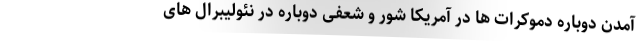
آمدن دوباره دموکرات ها در آمریکا شور و شعفی دوباره در نئولیبرال های